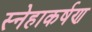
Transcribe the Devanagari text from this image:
स्नेहाकर्षण